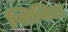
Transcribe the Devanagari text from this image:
सिविल